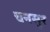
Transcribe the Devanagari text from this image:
चनसुर